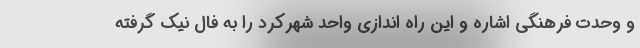
و وحدت فرهنگی اشاره و این راه اندازی واحد شهرکرد را به فال نیک گرفته